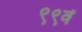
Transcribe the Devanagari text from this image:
९९वें